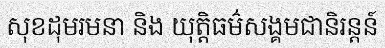
សុខដុមរមនា និង យុត្តិធម៌សង្គមជានិរន្តន៍